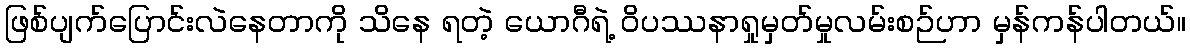
ဖြစ်ပျက်ပြောင်းလဲနေတာကို သိနေ ရတဲ့ ယောဂီရဲ့ ဝိပဿနာရှုမှတ်မှုလမ်းစဉ်ဟာ မှန်ကန်ပါတယ်။